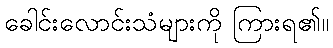
ခေါင်းလောင်းသံများကို ကြားရ၏။